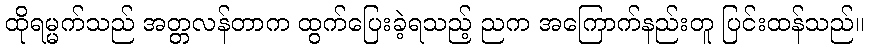
ထိုရမ္မက်သည် အတ္တလန်တာက ထွက်ပြေးခဲ့ရသည့် ညက အကြောက်နည်းတူ ပြင်းထန်သည်။